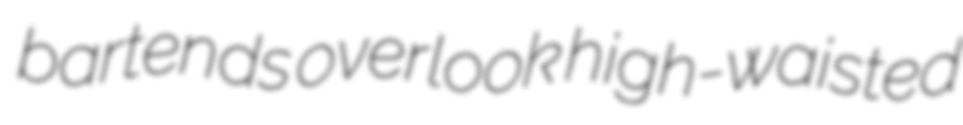
bartends overlook high-waisted